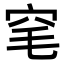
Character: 𬔆